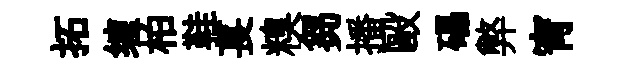
拓缠柏鞋萇糗芻播毆礧弊宵